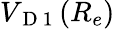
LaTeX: V_{\mathrm{~D~1~}}(R_{e})